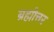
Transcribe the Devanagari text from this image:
ब्रह्मोत्तर